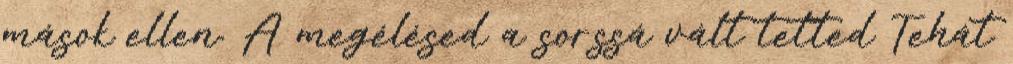
mások ellen. A megélésed a sorssá vált tetted Tehát